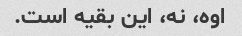
اوه، نه، این بقیه است.